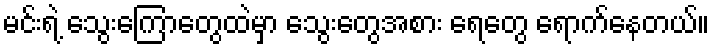
မင်းရဲ့ သွေးကြောတွေထဲမှာ သွေးတွေအစား ရေတွေ ရောက်နေတယ်။